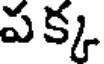
పక్క